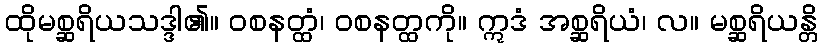
ထိုမစ္ဆရိယသဒ္ဒါ၏။ ဝစနတ္ထံ၊ ဝစနတ္ထကို။ ဣဒံ အစ္ဆရိယံ၊ လ။ မစ္ဆရိယန္တိ